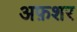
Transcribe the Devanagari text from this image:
अफ़शर